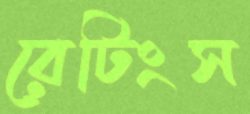
রেটিংস